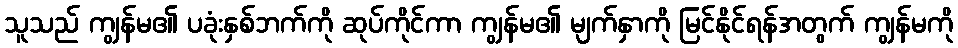
သူသည် ကျွန်မ၏ ပခုံးနှစ်ဘက်ကို ဆုပ်ကိုင်ကာ ကျွန်မ၏ မျက်နှာကို မြင်နိုင်ရန်အတွက် ကျွန်မကို